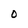
Character: O